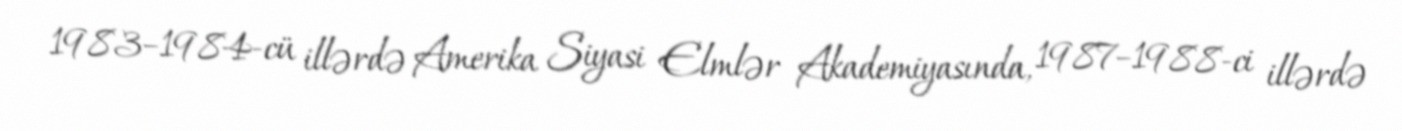
1983–1984-cü illərdə Amerika Siyasi Elmlər Akademiyasında, 1987–1988-ci illərdə